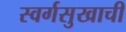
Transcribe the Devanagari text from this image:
स्वर्गसुखाची